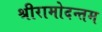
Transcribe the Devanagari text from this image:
श्रीरामोदन्तम